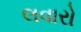
લવારો